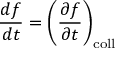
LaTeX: { \frac { d f } { d t } } = \left( { \frac { \partial f } { \partial t } } \right) _ { \mathrm { c o l l } }